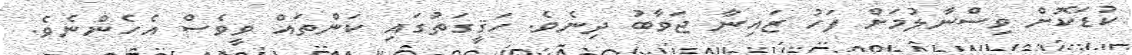
ކުޑަކޮށް ވިސްނާލުމަށް ފަހު ޒައިނާ ޖަވާބު ދިނެވެ. ހަޤީގަތުގައި ކަންތައް ވީވެސް އެހެންނެވެ.